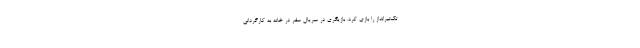
تک‌تیرانداز را بازی کرد. بازیگری در سریال سفر در خانه به کارگردانی